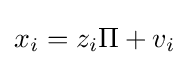
x_{i}=z_{i}\Pi +v_{i}